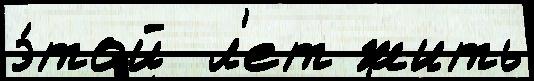
э́той  л'ет жить